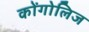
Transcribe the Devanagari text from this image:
कोंगोलिज